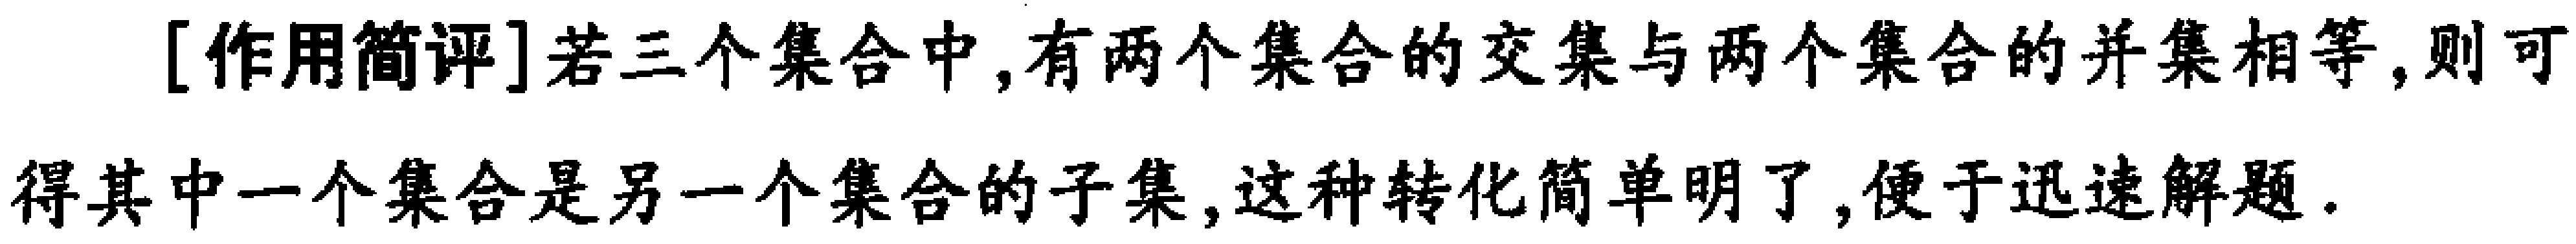
[作用简评]若三个集合中,有两个集合的交集与两个集合的并集相等,则可得其中一个集合是另一个集合的子集,这种转化简单明了,便于迅速解题.